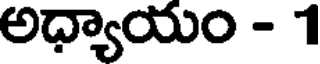
అధ్యాయం - 1